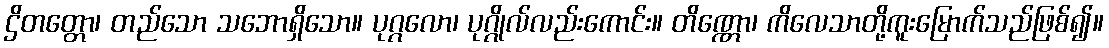
ဌိတတ္တော၊ တည်သော သဘောရှိသော။ ပုဂ္ဂလော၊ ပုဂ္ဂိုလ်လည်းကောင်း။ တိဏ္ဏော၊ ကိလေသာတို့ကူးမြောက်သည်ဖြစ်၍။